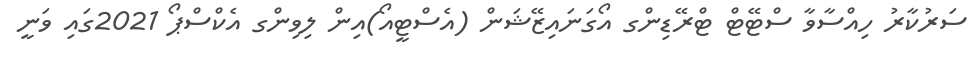
ސަރުކާރު ހިއްސާވާ ސްޓޭޓް ޓްރޭޑިންގ އޯގަނައިޒޭޝަން (އެސްޓީއޯ)އިން ލިވިންގ އެކްސްޕޯ 2021ގައި ވަނީ